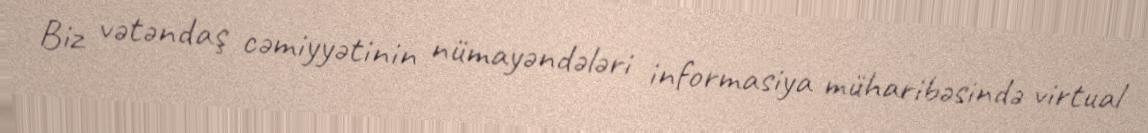
Biz vətəndaş cəmiyyətinin nümayəndələri informasiya müharibəsində virtual